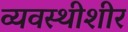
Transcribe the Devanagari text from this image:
व्यवस्थीशीर